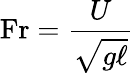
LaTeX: \mathrm{Fr}={\frac{U}{\sqrt{g\ell}}}